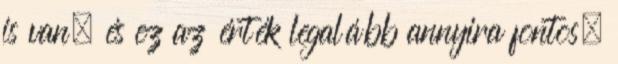
is van, és ez az érték legalább annyira fontos,